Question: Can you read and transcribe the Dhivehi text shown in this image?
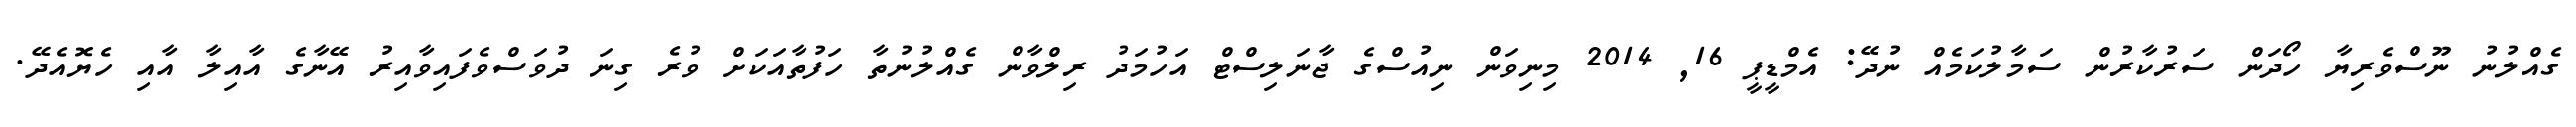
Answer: ގެއްލުނު ނޫސްވެރިޔާ ހޯދަން ސަރުކާރުން ސަމާލުކަމެއް ނުދޭ: އެމްޑީޕީ 16, 2014 މިނިވަން ނިއުސްގެ ޖާނަލިސްޓް އަހުމަދު ރިލްވާން ގެއްލުނުތާ ހަފުތާއަކަށް ވުރެ ގިނަ ދުވަސްވެފައިވާއިރު އޭނާގެ އާއިލާ އާއި ހެޔޮއެދޭ.